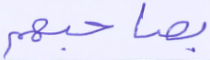
بصاحبهم